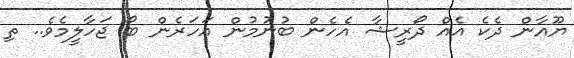
ޔޫއާން ދެކެ އެއް ދޯރީޝާ އެހެން ބުނުމުން އަހަރެން ބޯ ޖަހާލީމެވެ.. ތި